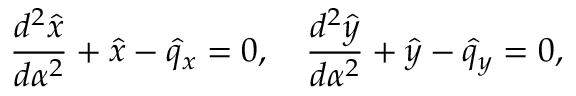
{ \frac { d ^ { 2 } \hat { x } } { d \alpha ^ { 2 } } } + \hat { x } - \hat { q } _ { x } = 0 , \quad { \frac { d ^ { 2 } \hat { y } } { d \alpha ^ { 2 } } } + \hat { y } - \hat { q } _ { y } = 0 ,